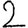
Digit: 2